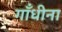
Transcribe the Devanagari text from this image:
गाँधीना